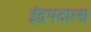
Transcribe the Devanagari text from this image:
इंद्रपदाला